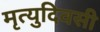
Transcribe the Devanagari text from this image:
मृत्युदिवसी